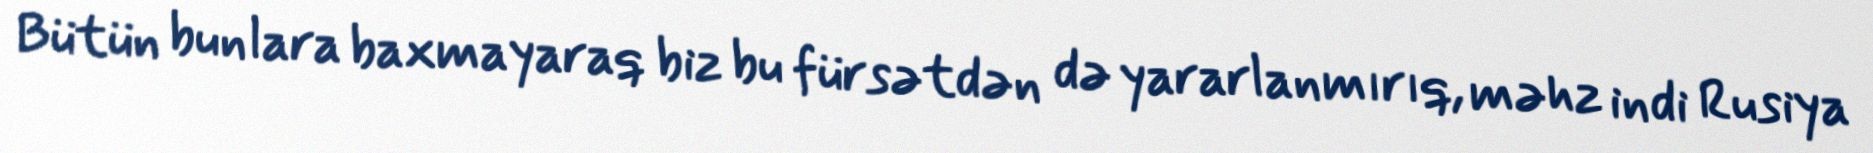
Bütün bunlara baxmayaraq biz bu fürsətdən də yararlanmırıq, məhz indi Rusiya